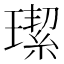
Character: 𤩦